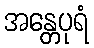
အန္တေပုရံ